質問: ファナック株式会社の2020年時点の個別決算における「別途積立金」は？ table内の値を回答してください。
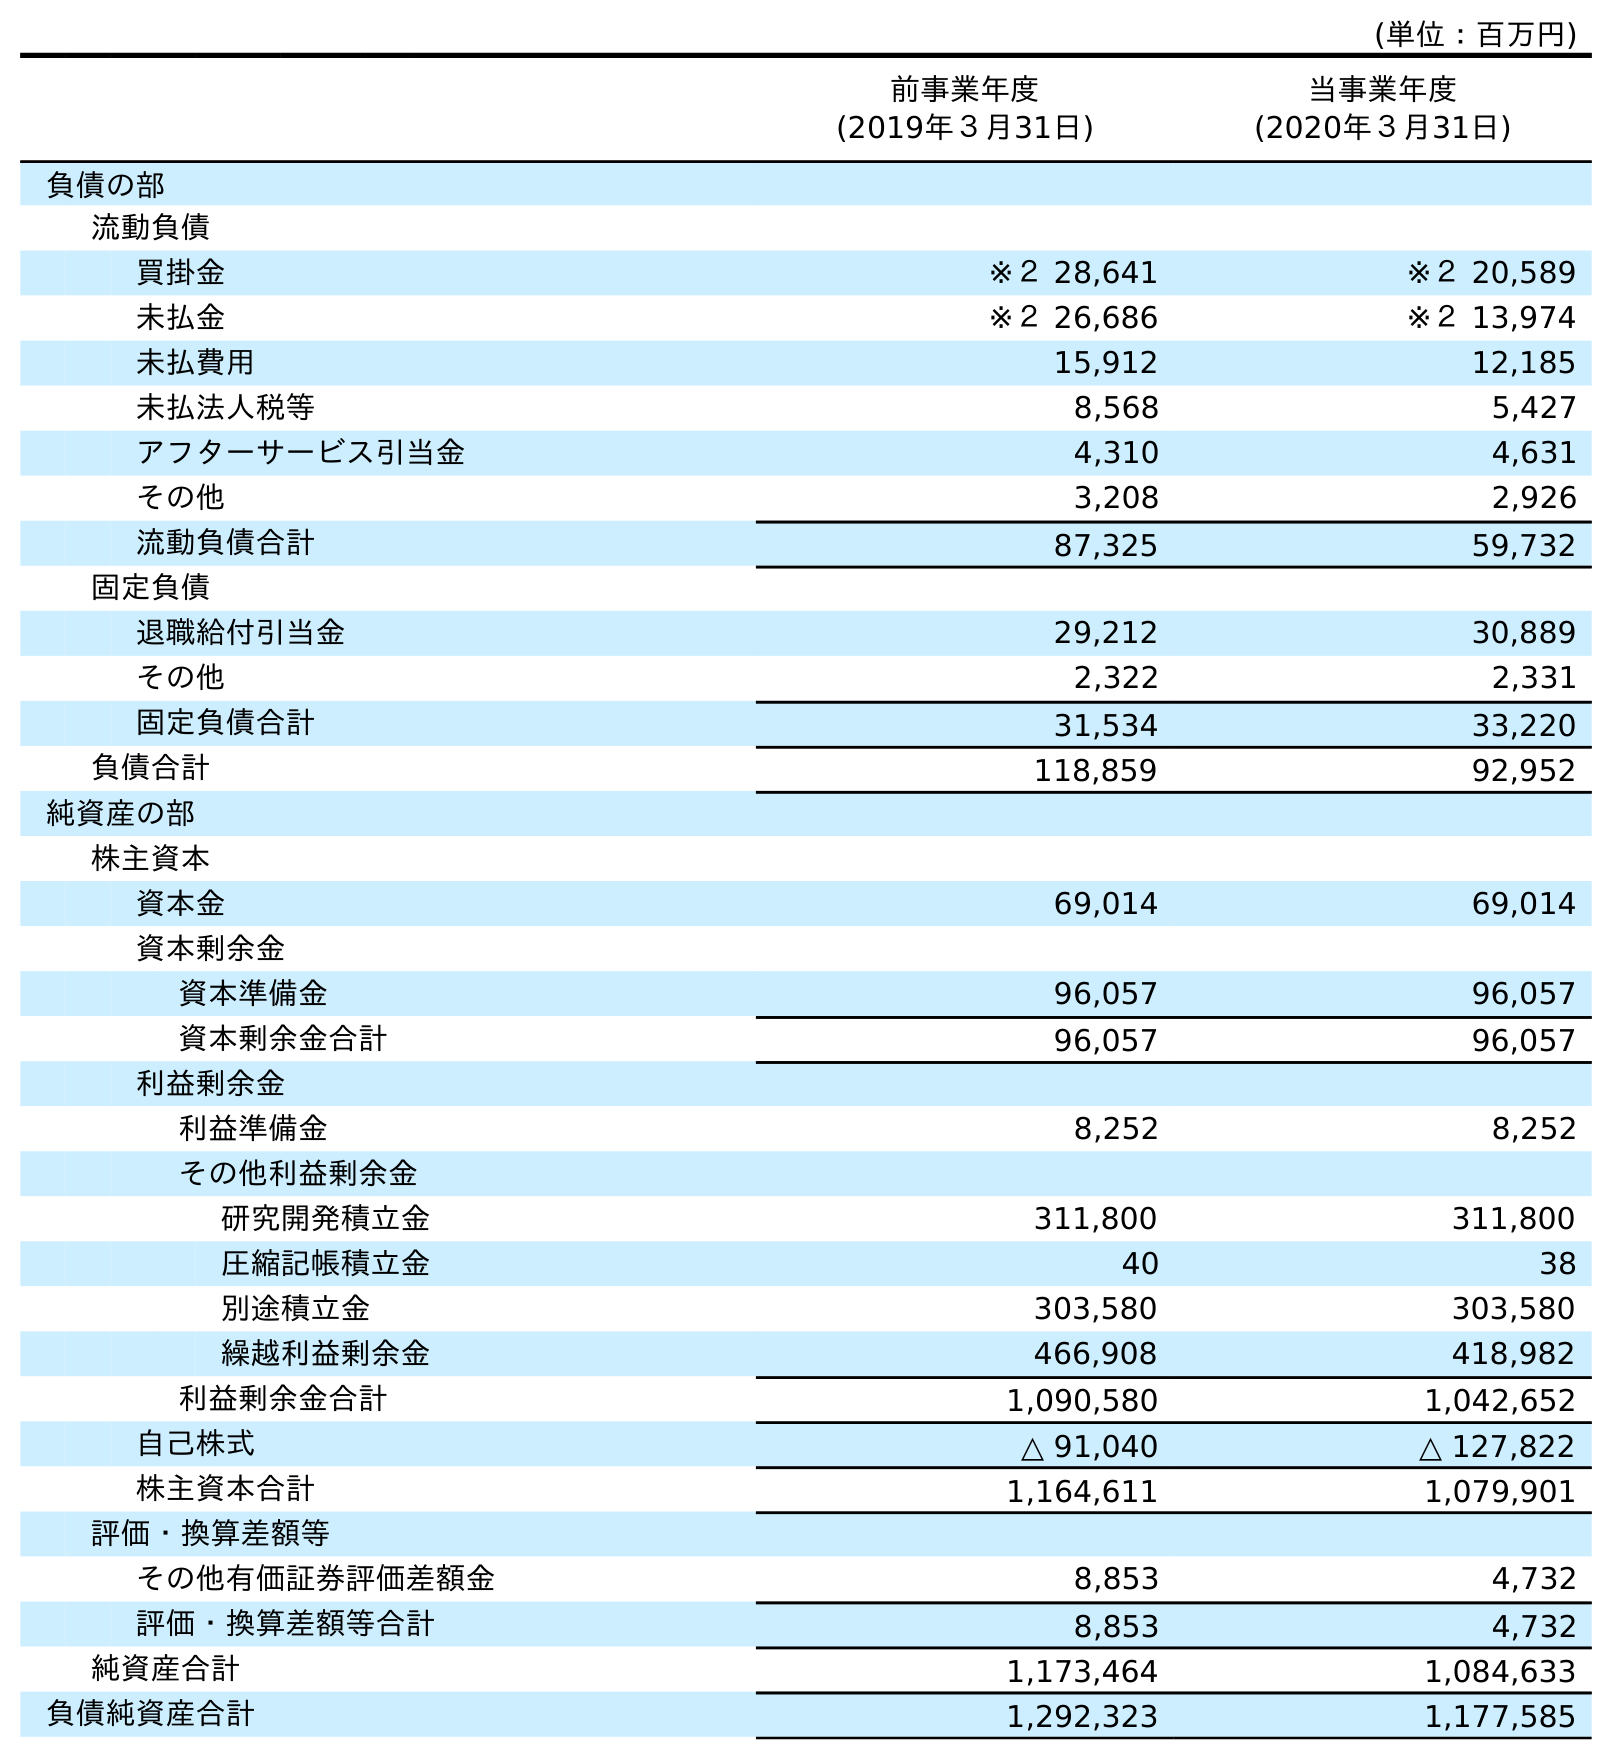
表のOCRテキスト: (単位：百万円) 前事業年度 (2019年３月31日) 当事業年度 (2020年３月31日) 負債の部 流動負債 買掛金 ※２ 28,641 ※２ 20,589 未払金 ※２ 26,686 ※２ 13,974 未払費用 15,912 12,185 未払法人税等 8,568 5,427 アフターサービス引当金 4,310 4,631 その他 3,208 2,926 流動負債合計 87,325 59,732 固定負債 退職給付引当金 29,212 30,889 その他 2,322 2,331 固定負債合計 31,534 33,220 負債合計 118,859 92,952 純資産の部 株主資本 資本金 69,014 69,014 資本剰余金 資本準備金 96,057 96,057 資本剰余金合計 96,057 96,057 利益剰余金 利益準備金 8,252 8,252 その他利益剰余金 研究開発積立金 311,800 311,800 圧縮記帳積立金 40 38 別途積立金 303,580 303,580 繰越利益剰余金 466,908 418,982 利益剰余金合計 1,090,580 1,042,652 自己株式 △ 91,040 △ 127,822 株主資本合計 1,164,611 1,079,901 評価・換算差額等 その他有価証券評価差額金 8,853 4,732 評価・換算差額等合計 8,853 4,732 純資産合計 1,173,464 1,084,633 負債純資産合計 1,292,323 1,177,585
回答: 303,580